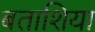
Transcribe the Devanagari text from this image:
बताशिया